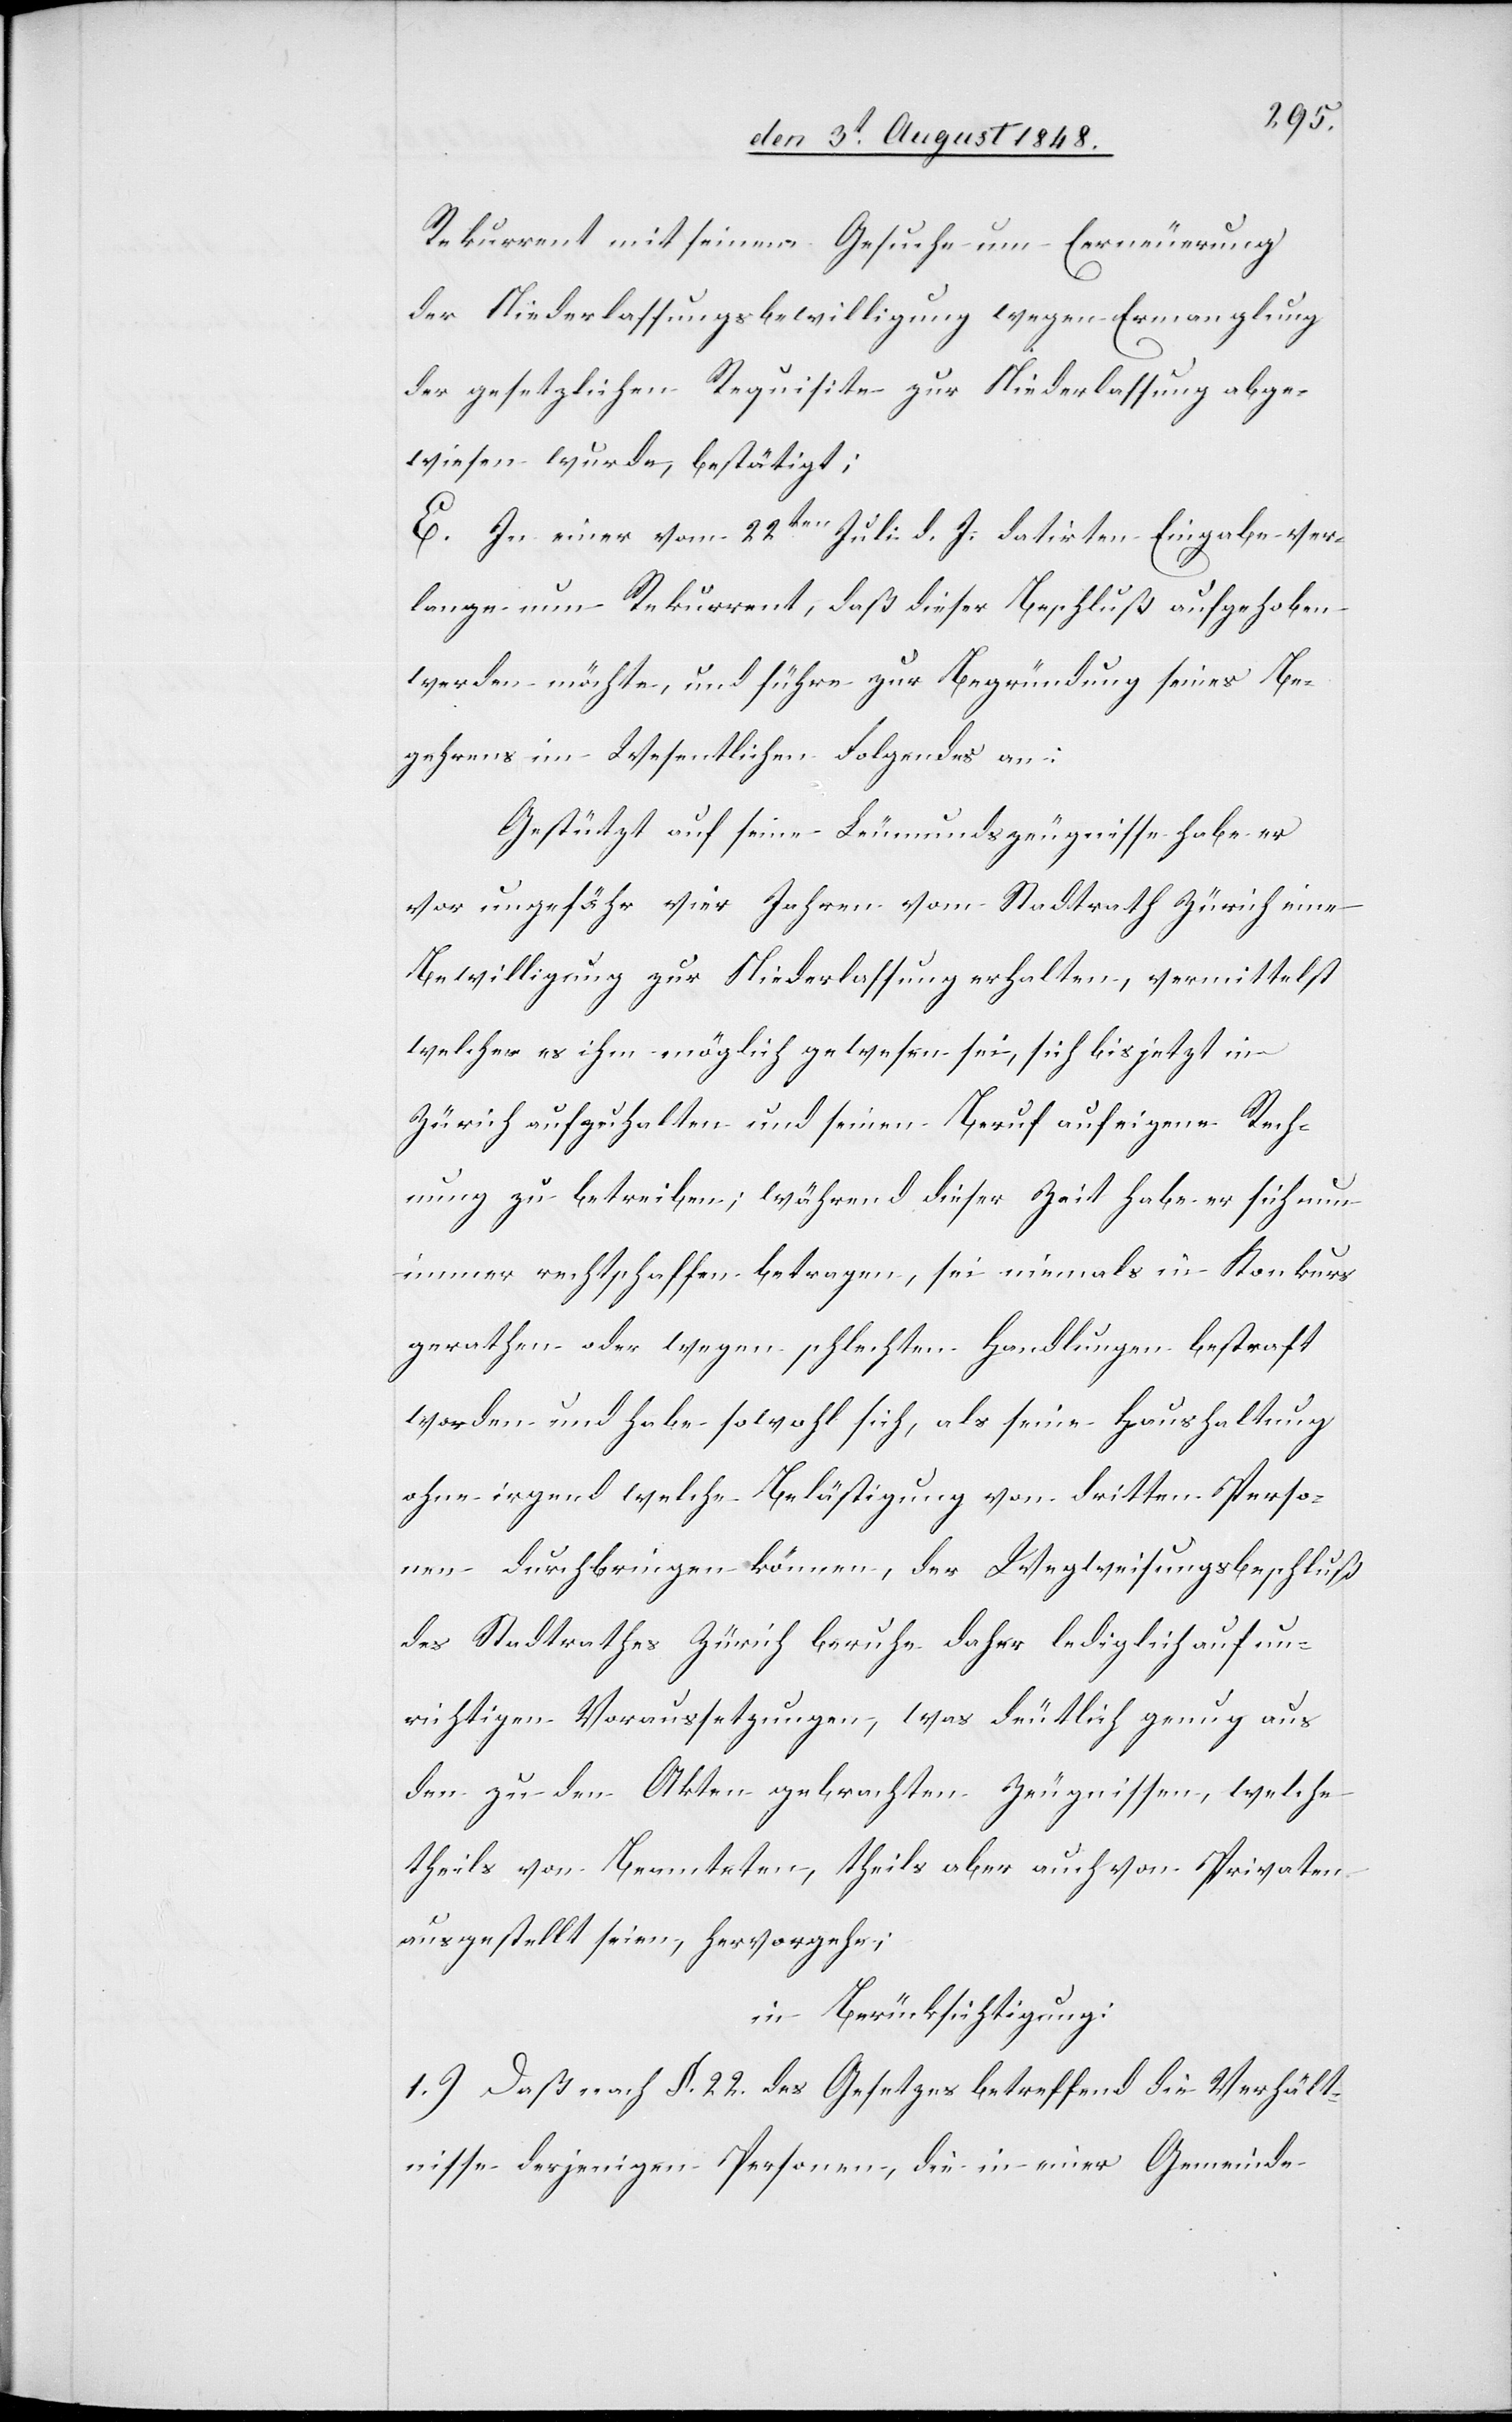
Rekurrent mit seinem Gesuche um Erneuerung
der Niederlassungsbewilligung wegen Ermanglung
der gesetzlichen Requisite zur Niederlassung abge¬
wiesen wurde, bestätigt;
E. In einer vom 22ten Juli d. J. datirten Eingabe ver¬
lange nun Rekurrent, daß dieser Beschluß aufgehoben
werden möchte, und führe zur Begründung seines Be¬
gehrens im Wesentlichen Folgendes an:
Gestützt auf seine Leumundszeugnisse habe er
vor ungefähr vier Jahren vom Stadtrath Zürich eine
Bewilligung zur Niederlassung erhalten, vermittelst
welcher es ihm möglich gewesen sei, sich bis jetzt in
Zürich aufzuhalten und seinen Beruf auf eigene Rech¬
nung zu betreiben; während dieser Zeit habe er sich nun
immer rechtschaffen betragen, sei niemals in Konkurs
gerathen oder wegen schlechten Handlungen bestraft
worden und habe sowohl sich, als seine Haushaltung
ohne irgend welche Belästigung von dritten Perso¬
nen durchbringen können, der Wegweisungsbeschluß
des Stadtrathes Zürich beruhe daher lediglich auf un¬
richtigen Voraussetzungen, was deutlich genug aus
den zu den Akten gebrachten Zeugnissen, welche
theils von Beamteten, theils aber auch von Privaten
ausgestellt seien, hervorgehe;
in Berücksichtigung:
1.) daß nach §. 22. des Gesetzes betreffend die Verhält¬
nisse derjenigen Personen, die in einer Gemeinde